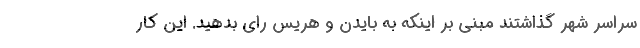
سراسر شهر گذاشتند مبنی بر اینکه به بایدن و هریس رای بدهید. این کار